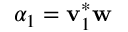
\alpha _ { 1 } = \mathbf { v } _ { 1 } ^ { * } \mathbf { w }